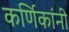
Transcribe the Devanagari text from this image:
कर्णिकांनी